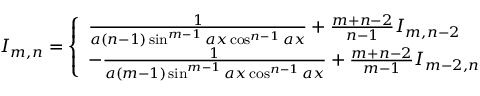
I _ { m , n } = { \left\{ \begin{array} { l l } { { \frac { 1 } { a ( n - 1 ) \sin ^ { m - 1 } { a x } \cos ^ { n - 1 } { a x } } } + { \frac { m + n - 2 } { n - 1 } } I _ { m , n - 2 } } \\ { - { \frac { 1 } { a ( m - 1 ) \sin ^ { m - 1 } { a x } \cos ^ { n - 1 } { a x } } } + { \frac { m + n - 2 } { m - 1 } } I _ { m - 2 , n } } \end{array} \right. } \,